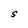
Character: S